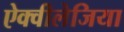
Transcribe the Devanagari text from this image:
ऐक्वीलेजिया